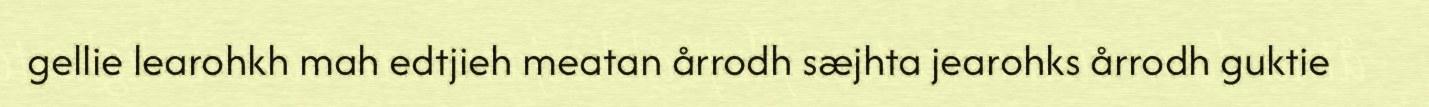
gellie learohkh mah edtjieh meatan årrodh sæjhta jearohks årrodh guktie